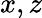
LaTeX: x,z